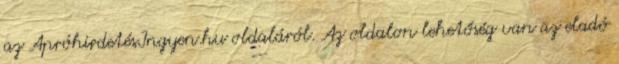
az ApróhirdetésIngyen.hu oldaláról. Az oldalon lehetőség van az eladó